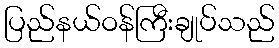
ပြည်နယ်ဝန်ကြီးချုပ်သည်